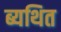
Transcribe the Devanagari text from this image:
ब्यथित